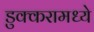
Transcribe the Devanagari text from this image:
डुक्करामध्ये